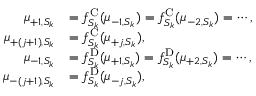
\begin{array} { r l } { \mu _ { + 1 , S _ { k } } } & { = f _ { S _ { k } } ^ { \mathrm { C } } ( \mu _ { - 1 , S _ { k } } ) = f _ { S _ { k } } ^ { \mathrm { C } } ( \mu _ { - 2 , S _ { k } } ) = \cdots , } \\ { \mu _ { + ( j + 1 ) , S _ { k } } } & { = f _ { S _ { k } } ^ { \mathrm { C } } ( \mu _ { + j , S _ { k } } ) , } \\ { \mu _ { - 1 , S _ { k } } } & { = f _ { S _ { k } } ^ { \mathrm { D } } ( \mu _ { + 1 , S _ { k } } ) = f _ { S _ { k } } ^ { \mathrm { D } } ( \mu _ { + 2 , S _ { k } } ) = \cdots , } \\ { \mu _ { - ( j + 1 ) , S _ { k } } } & { = f _ { S _ { k } } ^ { \mathrm { D } } ( \mu _ { - j , S _ { k } } ) , } \end{array}